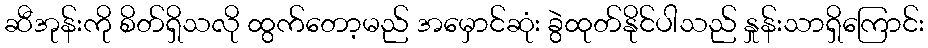
ဆီအုန်းကို စိတ်ရှိသလို ထွက်တော့မည် အမှောင်ဆုံး ခွဲထုတ်နိုင်ပါသည် နှုန်းသာရှိကြောင်း